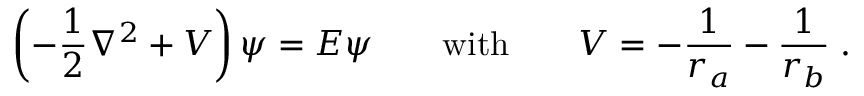
\left( - { \frac { 1 } { 2 } } \nabla ^ { 2 } + V \right) \psi = E \psi \qquad { \mathrm { w i t h } } \qquad V = - { \frac { 1 } { r _ { a } } } - { \frac { 1 } { r _ { b } } } \; .